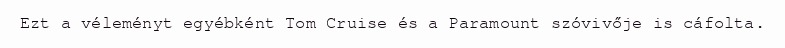
Ezt a véleményt egyébként Tom Cruise és a Paramount szóvivője is cáfolta.